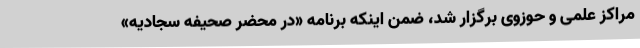
مراکز علمی و حوزوی برگزار شد، ضمن اینکه برنامه «در محضر صحیفه سجادیه»